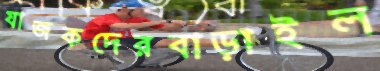
যাজকদেরবাড়াইল